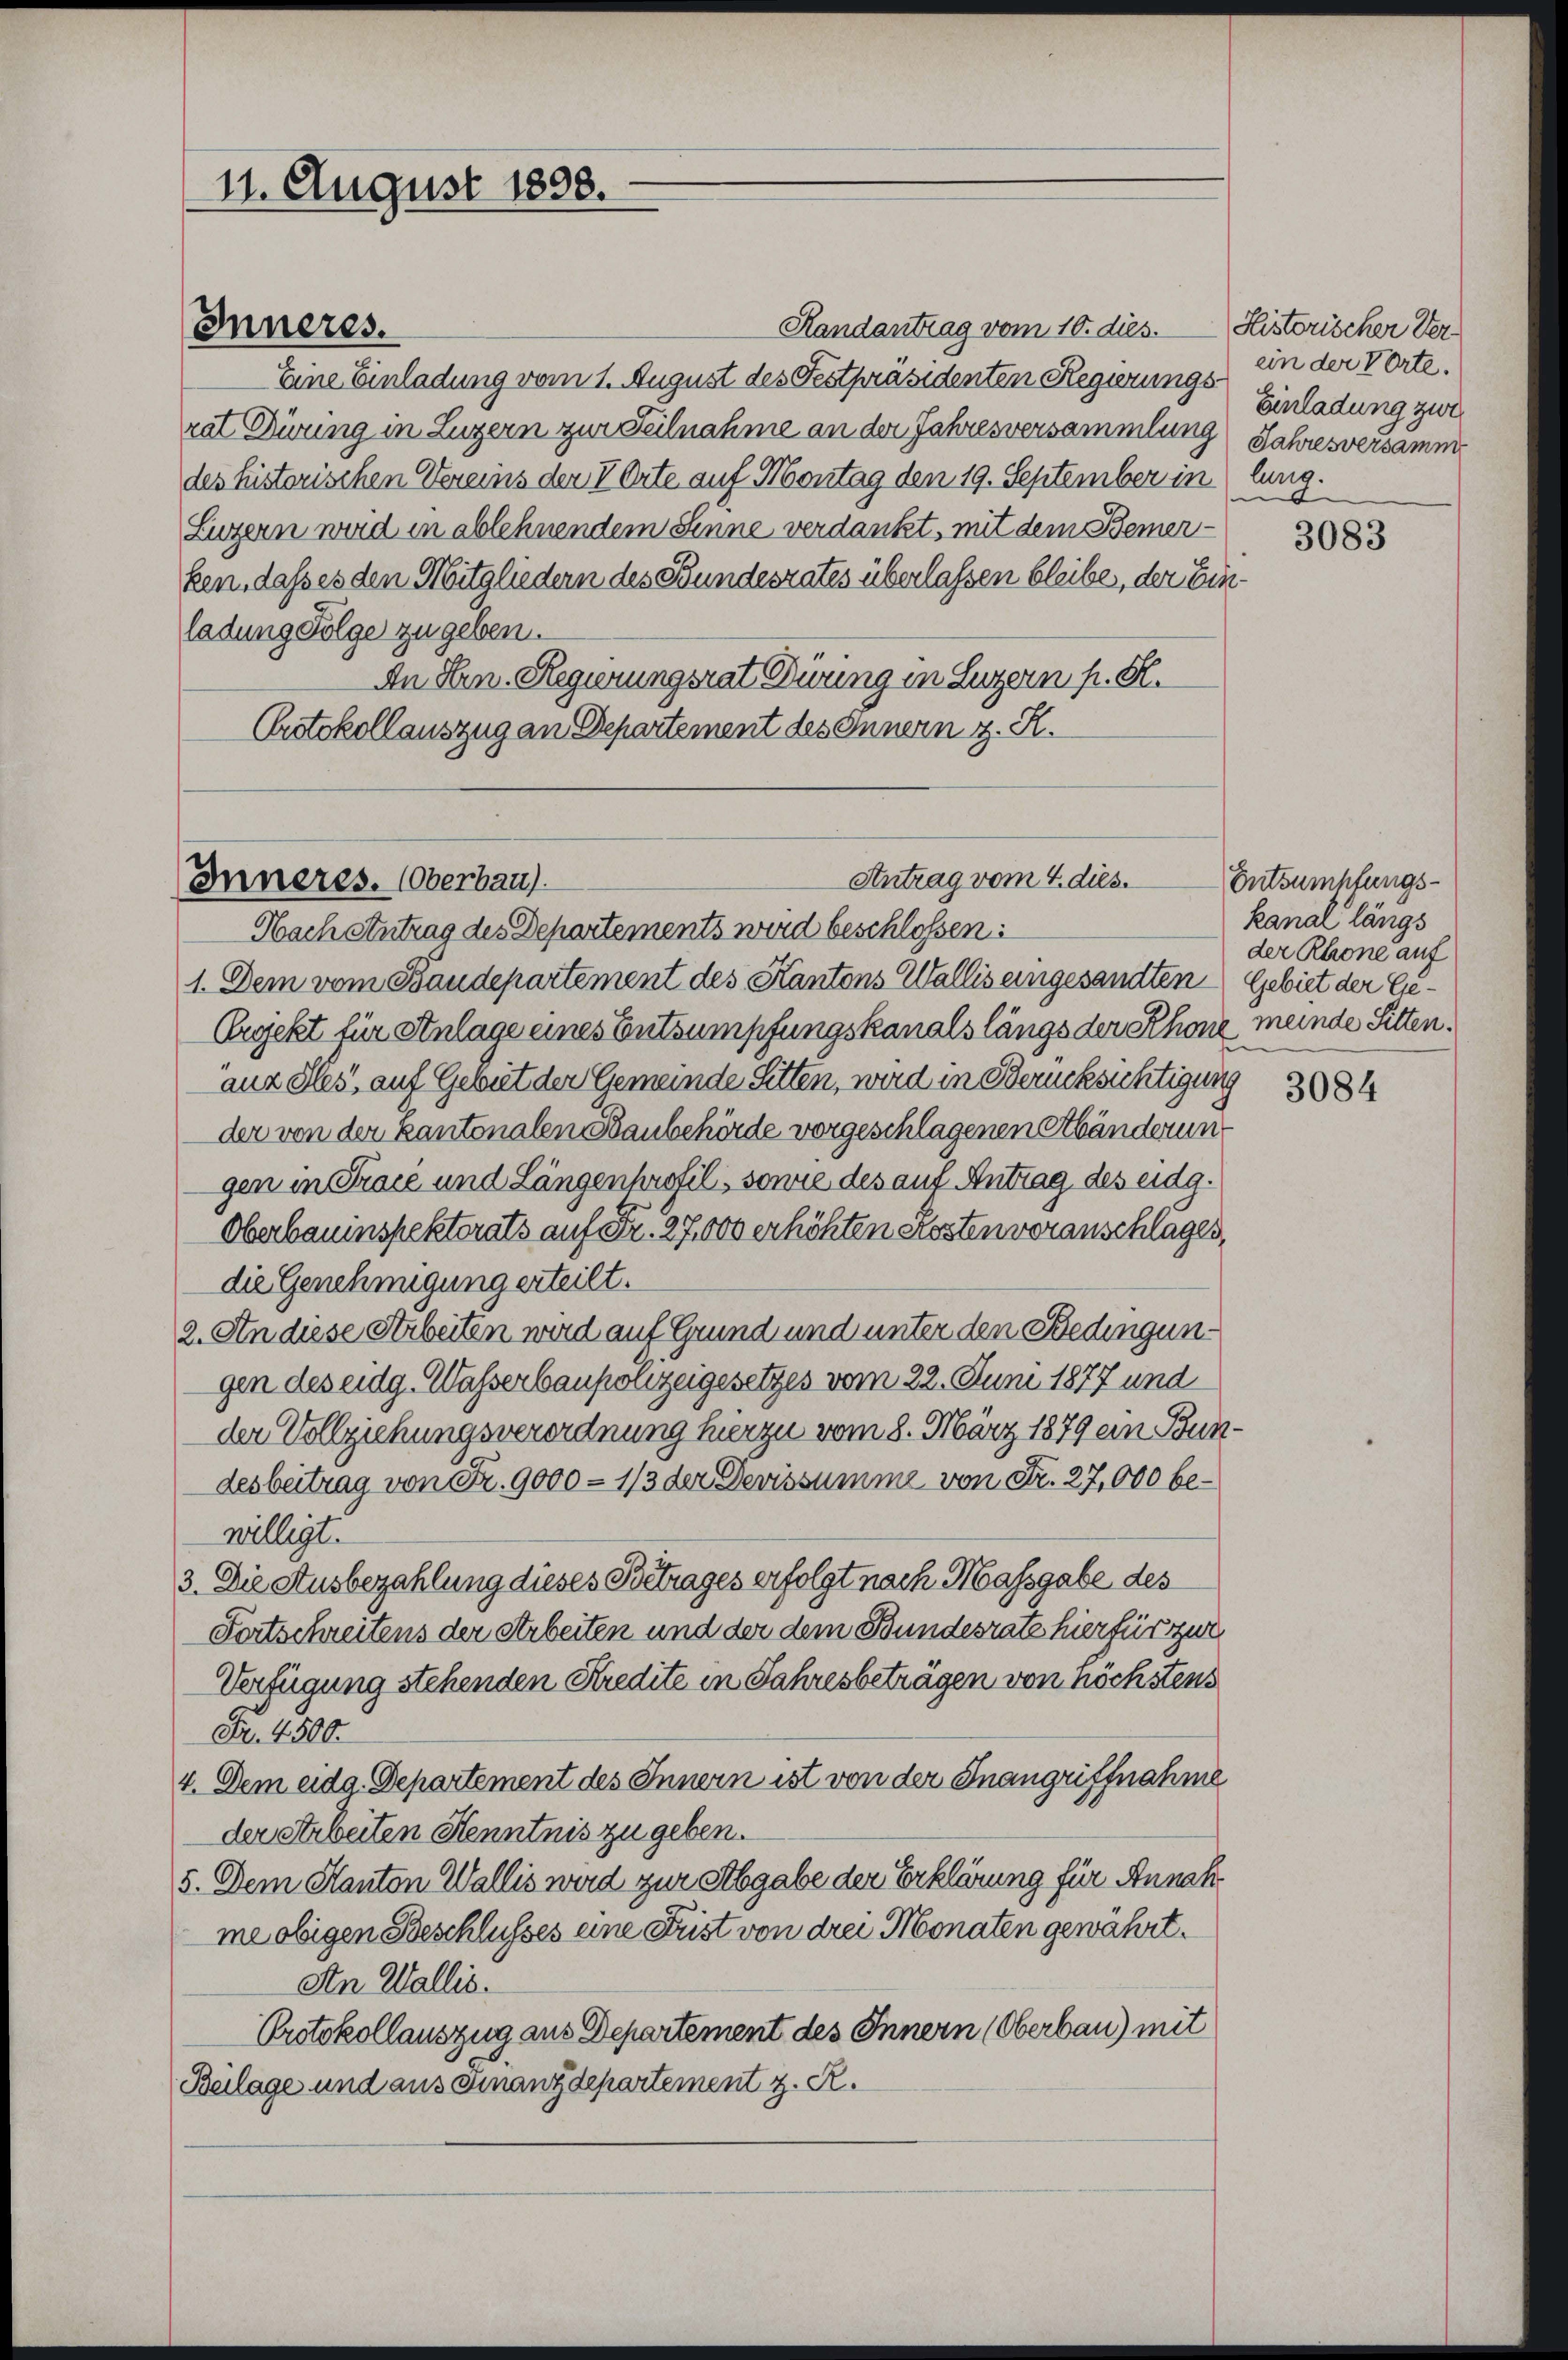
11. August 1898.

Handantrag vom 10. dies
Eine Einladung vom 1. August des Festpräsidenten Regierungs
rat Dirung in Luzern zur Teilnahme an der Jahresversammlung Jahresversamm
des historischen Vereins der VOrte auf Montag den 19. September in lung.
Luzern wird in ablehnendem Senne verdankt, mit dem Bemerken, dass es den Mitgliedern des Bundesrates überlassen bleibe, der Einladung Folge zu geben.
An Hrn. Regierungsrat Düring in Luzern p. St.
Protokollauszug an Departement des Innern z. R.

Inneres.

1. Dem vom Baudepartement des Kantons Wallis eingesandten Gebiet der Gie¬
Erjekt für Anlage eines Entsumpfungskanals längs der Rhone meinde Sitten.
anz Sles, auf Gebiet der Gemeinde Sitten, wird in Berücksichtigung
der von der Kantonalen Baubehörde vorgeschlagenen Abänderungen in Tracé und Längenprofil, sowie des auf Antrag des eidg.
Oberbauinspektorats auf Fr. 27, 000 erhöhten Kosten voranschlages,
die Genehmigung erteilt.
2. An diese Arbeiten wird auf Grund und unter den Bedingungen des eidg. Wasserbaupolizeigesetzes vom 22. Juni 1877 und
der Vollziehungsverordnung hierzu vom 8. März 1879 ein Bundesbeitrag von Fr. 9000 - 1/3 der Devissumme von Fr. 27,000 bewilligt.
3. Die Ausbezahlung dieses Betrages erfolgt nach Massgabe des
Fortschreitens der Arbeiten und der dem Bundesrate hierfür zur
Verfügung stehenden Kredite in Jahresbeträgen von nöchstens
Fr. 4500.
4. Dem eidg. Departement des Innern ist von der Inangriffnahme
der Arbeiten Kenntnis zu geben.
5. Dem Kanton Wallis wird zur Abgabe der Erklärung für Annahme obigen Beschlusses eine Frist von drei Monaten gewährt.
An Wallis.
Protokollauszug aus Departement des Innern (Oberbau) mit
Beilage und aus Finanzdepartement z. R.

Antrag vom 4. dies.
Inneres. (Oberbau).
Nach Antrag des Departements wird beschlossen:

Historischer Verein der Vorte.
Einladung zwei

3083

Entsumchtungskanal längs
der Rhone auf

3084